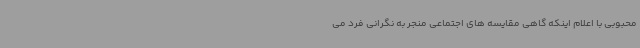
محبوبی با اعلام اینکه گاهی مقایسه های اجتماعی منجر به نگرانی فرد می